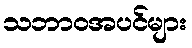
သဘာဝအပင်များ